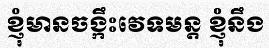
ខ្ញុំមានចង្កឹះវេទមន្ត ខ្ញុំនឹង